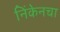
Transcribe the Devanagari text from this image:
निंकेनचा